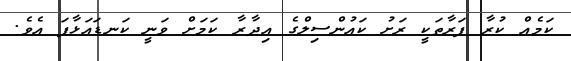
ކަމެއް ކުރާ ފަރާތަކީ ރަށު ކައުންސިލްގެ އިދާރާ ކަމަށް ވަނީ ކަނޑައަޅާފަ އެވެ.